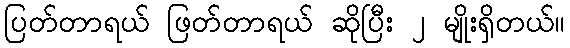
ပြတ်တာရယ် ဖြတ်တာရယ် ဆိုပြီး ၂ မျိုးရှိတယ်။